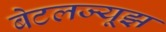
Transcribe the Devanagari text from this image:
बेटलज्यूझ